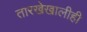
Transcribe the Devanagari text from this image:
तारखेखालीही